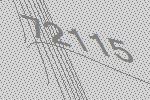
72115